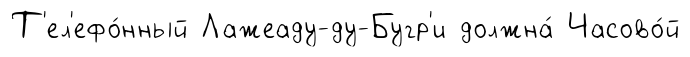
Т'ел'ефо́нный Лажеаду-ду-Бугр'и должна́ Часово́й